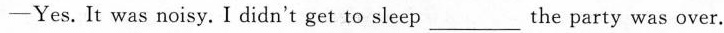
—— Yes. It was noisy. I didn't get to sleep ___ the party was over.